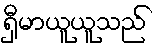
ရှီမာယူယူသည်